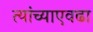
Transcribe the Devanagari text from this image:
त्यांच्याएवढा